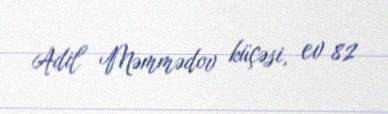
Adil Məmmədov küçəsi, ev 82